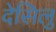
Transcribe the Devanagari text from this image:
देसिलु